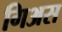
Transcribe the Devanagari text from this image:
गिअस